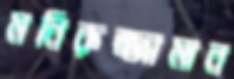
মনিরুজ্জামান